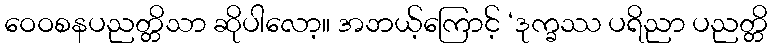
ဝေဝစနပညတ္တိသာ ဆိုပါလော့။ အဘယ့်ကြောင့် ‘ဒုက္ခဿ ပရိညာ ပညတ္တိ